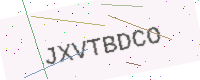
Text: JXVTBDCO